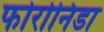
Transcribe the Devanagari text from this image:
फोरोनिडा